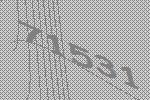
71531